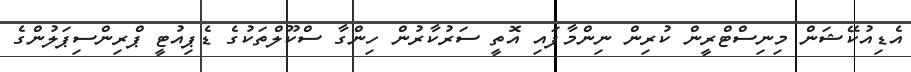
އެޑިއުކޭޝަން މިނިސްޓްރީން ކުރިން ނިންމާފައި އޮތީ ސަރުކާރުން ހިންގާ ސްކޫލްތަކުގެ ޑެޕިއުޓީ ޕްރިންސިޕަލުންގެ